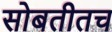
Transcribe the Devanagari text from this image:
सोबतीतच